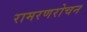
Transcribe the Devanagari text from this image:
रामरणरोचन